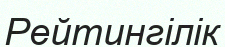
Рейтингілік